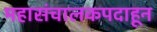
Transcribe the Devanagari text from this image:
महासंचालकपदाहून